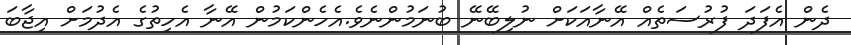
ދެން އެފަދަ ފުރުސަތެއް އޭނާއަކަށް ނުލިބޭނޭ ބުނަމުންނެވެ.އެހެންކަމުން އޭނާ އެހިތުގެ އެދުމަށް އިޖާބަ